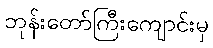
ဘုန်းတော်ကြီးကျောင်းမှ